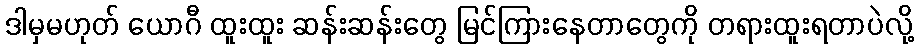
ဒါမှမဟုတ် ယောဂီ ထူးထူး ဆန်းဆန်းတွေ မြင်ကြားနေတာတွေကို တရားထူးရတာပဲလို့